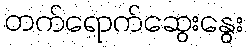
တက်ရောက်ဆွေးနွေး